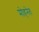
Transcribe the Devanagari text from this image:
मोहनेत